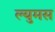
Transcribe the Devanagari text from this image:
ल्युमस